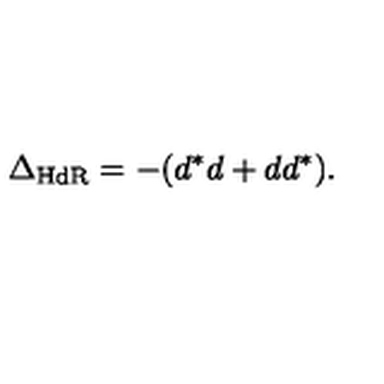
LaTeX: \Delta _ { \mathrm { H d R } } = - ( d ^ { * } d + d d ^ { * } ) .